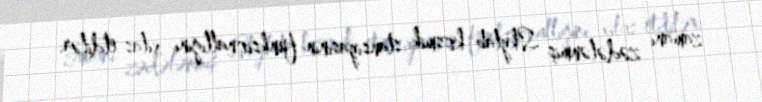
zamanı zədələnmiş Skylab kosmik stansiyasının funksionallığını xilas etdilər.